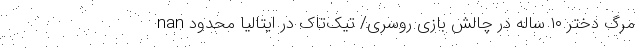
nan مرگ دختر ۱۰ ساله در چالش بازی روسری/ تیک‌‌تاک در ایتالیا محدود